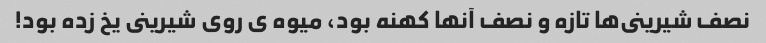
نصف شیرینى‌ها تازه و نصف آنها کهنه بود، میوه ى روى شیرینى یخ زده بود!